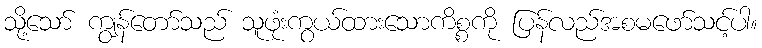
သို့သော် ကျွန်တော်သည် သူဖုံးကွယ်ထားသောကိစ္စကို ပြန်လည်အစမဖော်သင့်ပါ။